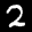
Label: 2